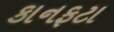
કાનફટા